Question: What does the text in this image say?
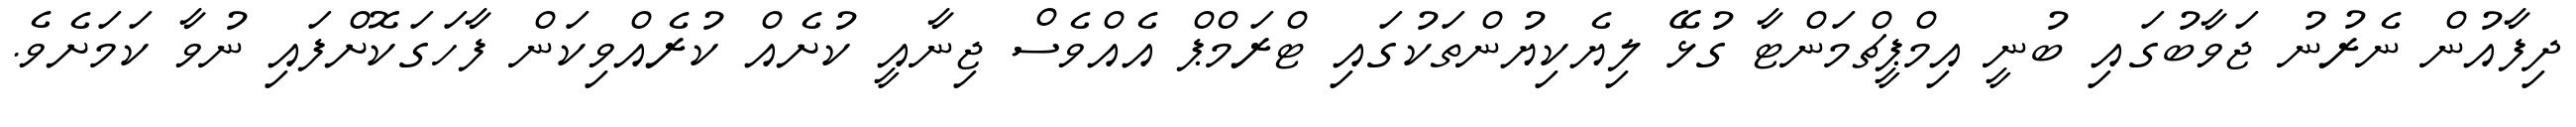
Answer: ދިފާއުން ނެރުނު ޖަވާބުގައި ބުނީ އިމްޕީޗްމަންޓާ ގުޅޭ ލިޔެކިޔުންތަކުގައި ޓްރަމްޕް އެއްވެސް ޖިނާއީ ކުށެއް ކުރެއްވިކަން ފާހަގަކޮށްފައި ނުވާ ކަމަށެވެ.